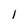
Character: 1